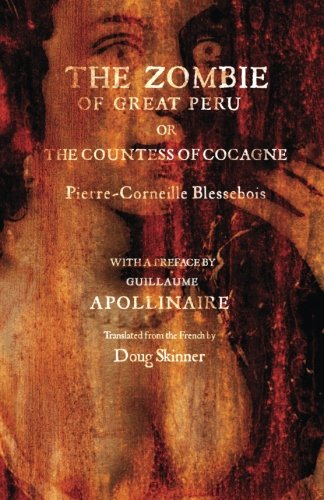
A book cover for The Zombie of Great Peru: Or The Countess of Cocagne; Pierre-Corneille Blessebois; Literature & Fiction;